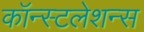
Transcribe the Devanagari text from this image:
कॉन्स्टलेशन्स